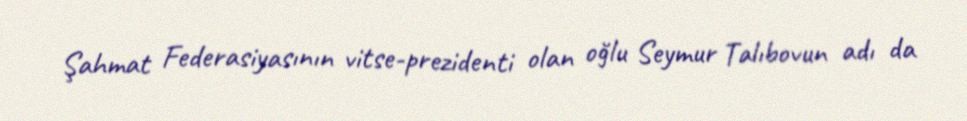
Şahmat Federasiyasının vitse-prezidenti olan oğlu Seymur Talıbovun adı da